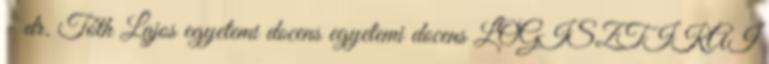
- dr. Tóth Lajos egyetemi docens egyetemi docens LOGISZTIKAI